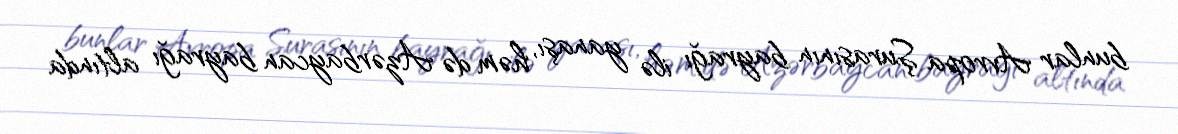
bunlar Avropa Şurasının bayrağı ilə yanaşı, həm də Azərbaycan bayrağı altında